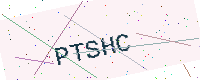
Text: PTSHC